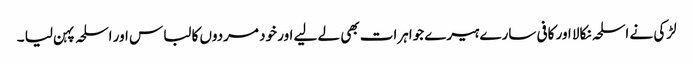
لڑکی نے اسلحہ نکالا اور کافی سارے ہیرے جواہرات بھی لے لیے اور خود مردوں کا لباس اور اسلحہ پہن لیا ۔